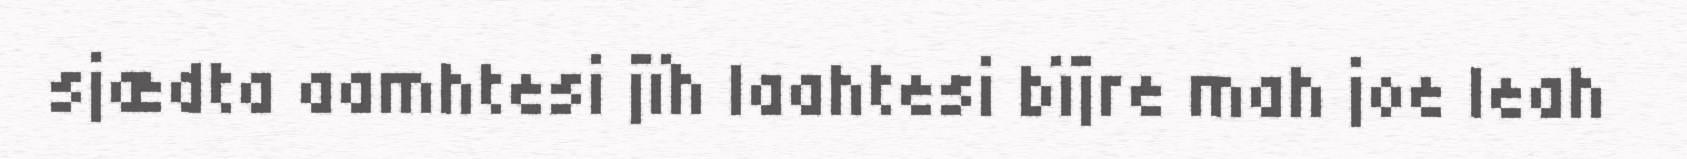
sjædta aamhtesi jïh laahtesi bïjre mah joe leah